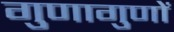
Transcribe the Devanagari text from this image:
गुणागुणों